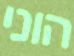
הוני